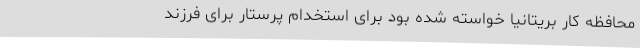
محافظه کار بریتانیا خواسته شده بود برای استخدام پرستار برای فرزند